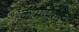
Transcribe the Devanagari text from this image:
कामापुरतेच